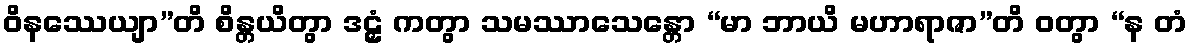
ဝိနဿေယျာ”တိ စိန္တယိတွာ ဒဠှံ ကတွာ သမဿာသေန္တော “မာ ဘာယိ မဟာရာဇာ”တိ ဝတွာ “န တံ